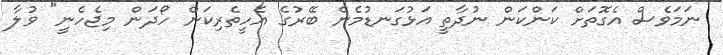
ނަމަވެސް އެގޮތަށް ކަންކަން ނުދާތީ އަޅުގަނޑުމެން ބޭރުގެ އެހީތެރިކަން ހޯދަން މިޖެހެނީ" ވުލާ